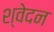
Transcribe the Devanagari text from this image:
श्वेदन